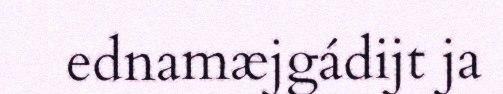
ednamæjgádijt ja